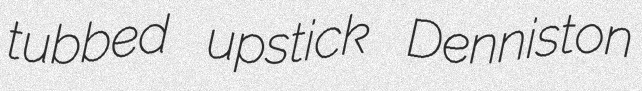
tubbed upstick Denniston